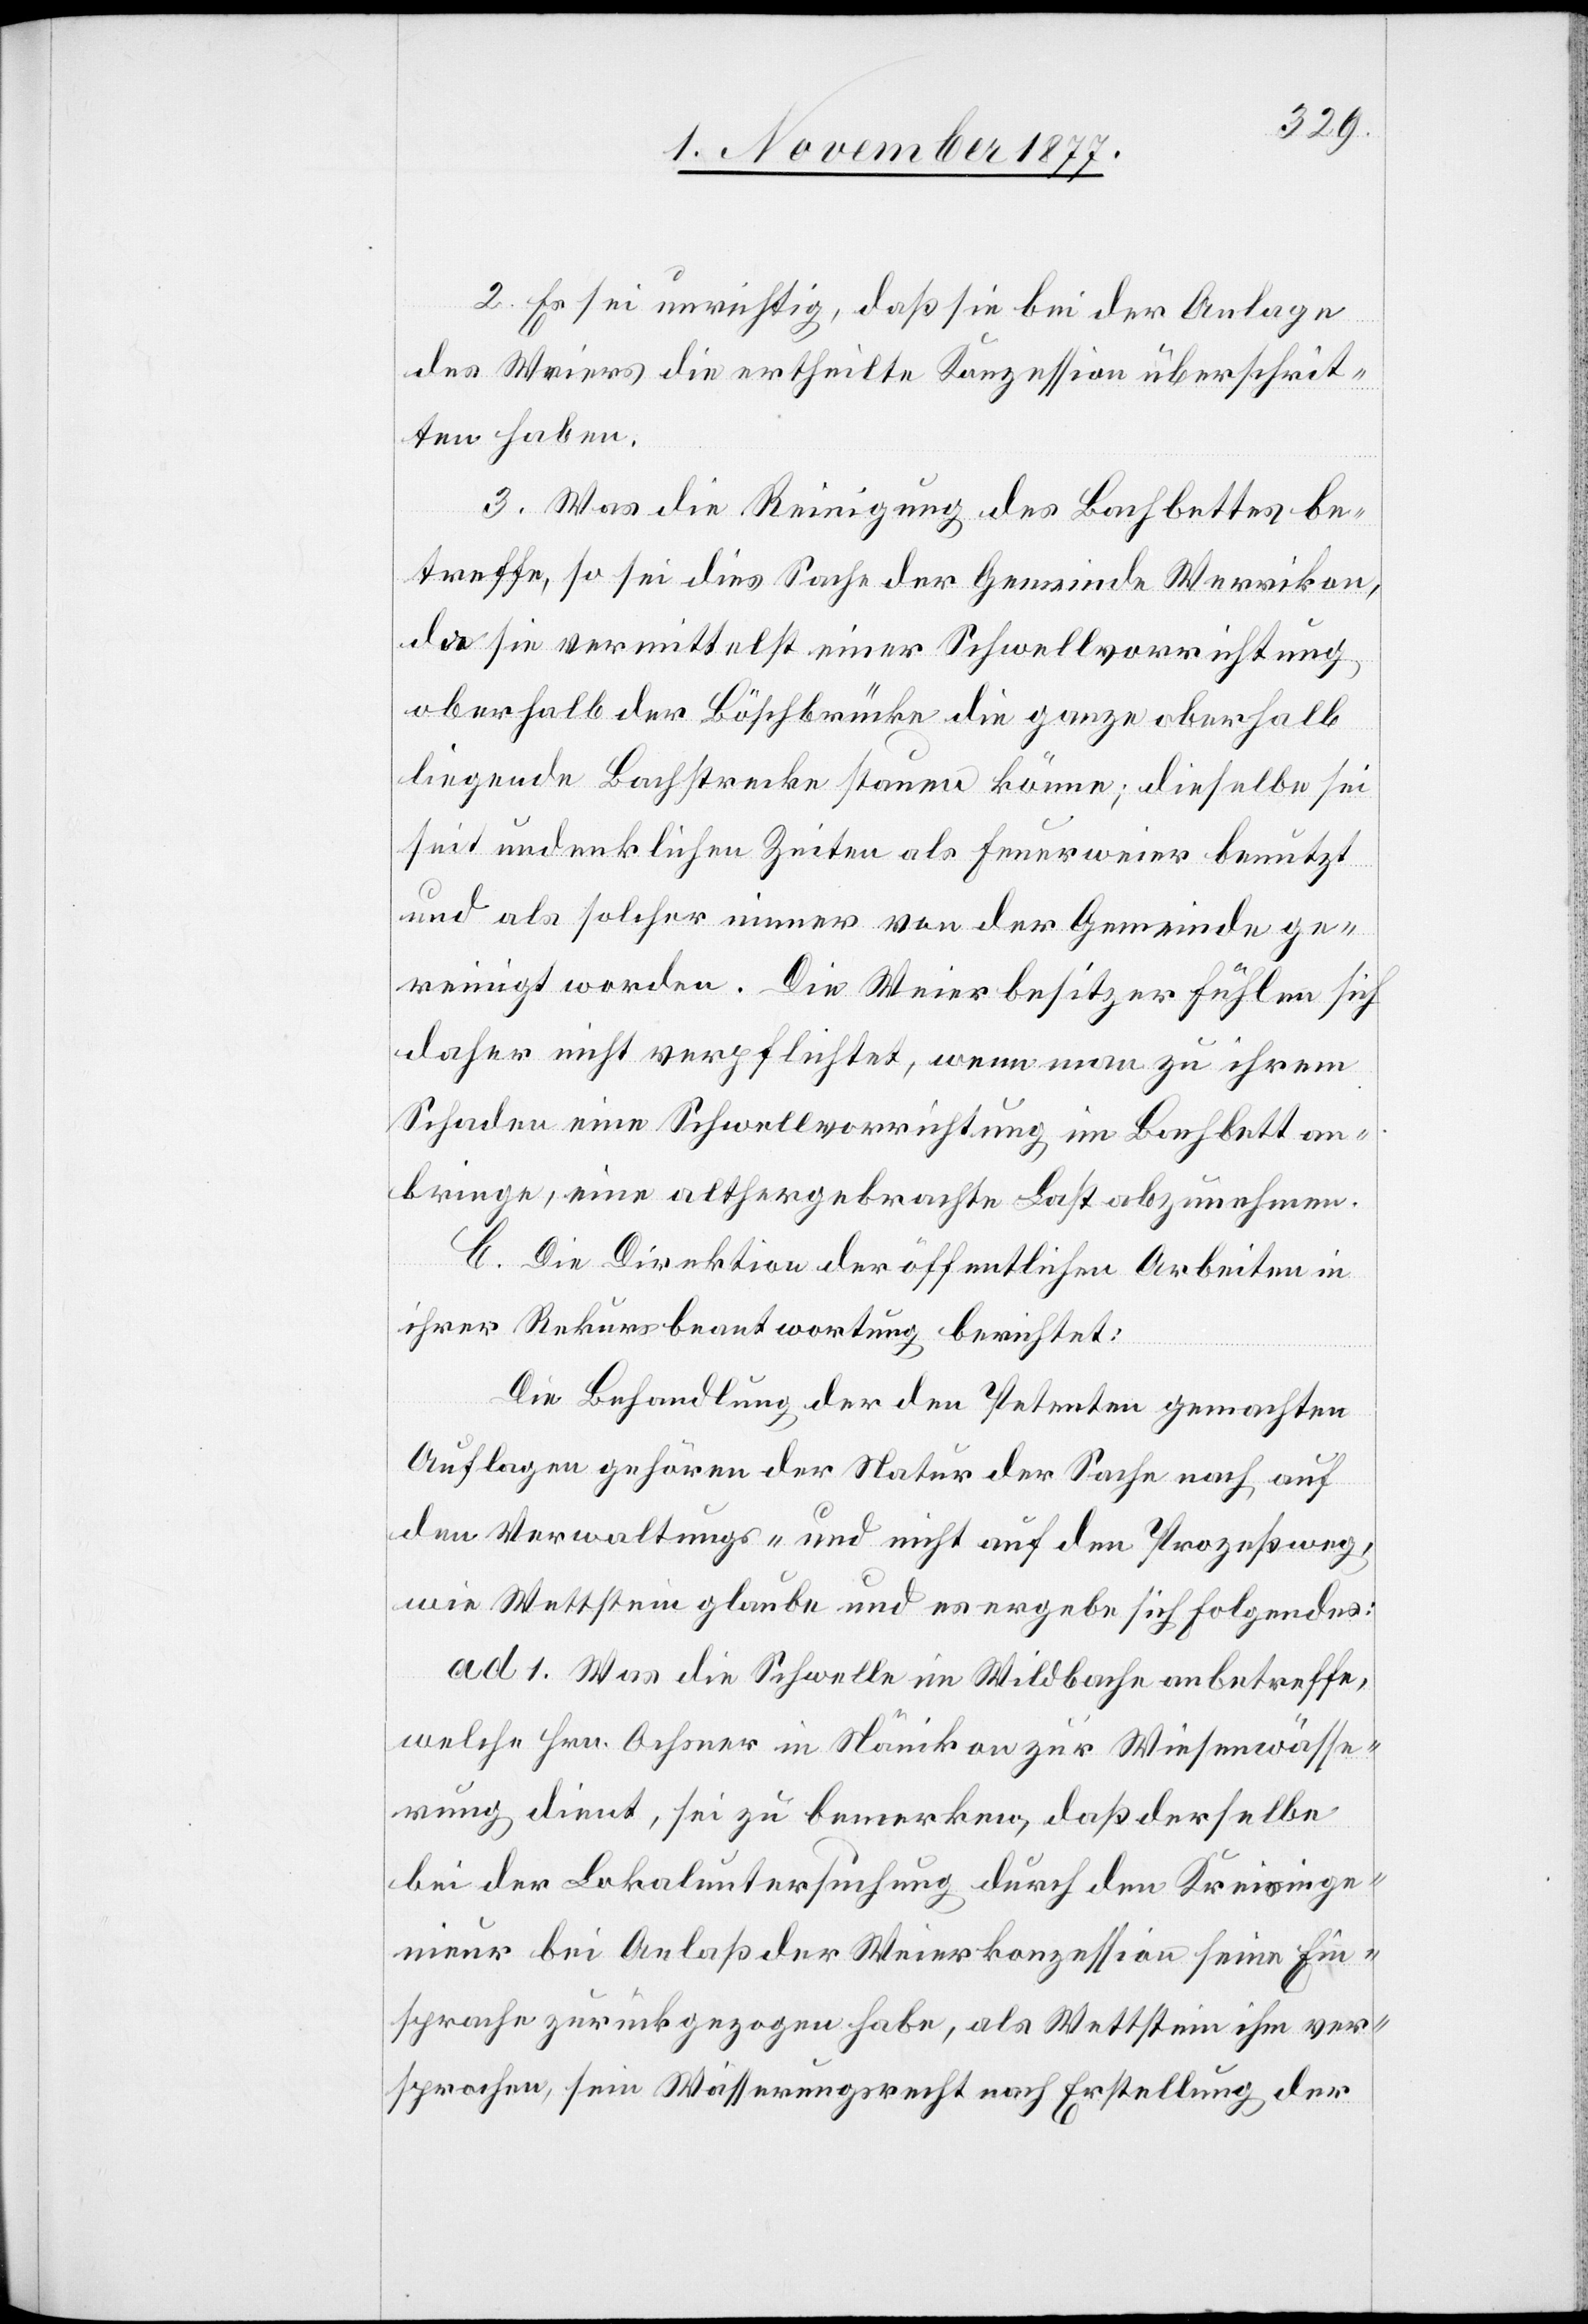
2. Es sei unrichtig, daß sie bei der Anlage
des Weiers die ertheilte Konzession überschrit¬
ten haben.
3. Was die Reinigung des Bachbettes be¬
treffe, so sei dies Sache der Gemeinde Werrikon,
da sie vermittelst einer Schwellvorrichtung
oberhalb der Böschbrücke die ganze oberhalb
liegende Bachstrecke stauen könne; dieselbe sei
seit undenklichen Zeiten als Feuerweier benutzt
und als solcher immer von der Gemeinde ge¬
reinigt worden. Die Weierbesitzer fühlen sich
daher nicht verpflichtet, wenn man zu ihrem
Schaden eine Schwellvorrichtung im Bachbett an¬
bringe, eine althergebrachte Last abzunehmen.
C. Die Direktion der öffentlichen Arbeiten in
ihrer Rekursbeantwortung berichtet:
Die Behandlung der den Petenten gemachten
Auflagen gehören der Natur der Sache nach auf
den Verwaltungs- und nicht auf den Prozeßweg,
wie Wettstein glaube und es ergebe sich Folgendes:
ad 1. Was die Schwelle im Wildbache anbetreffe,
welche Hrn. Ochsner in Nänikon zur Wiesenwässe¬
rung dient, sei zu bemerken, daß derselbe
bei der Lokaluntersuchung durch den Kreisinge¬
nieur bei Anlaß der Weierkonzession seine Ein¬
sprache zurückgezogen habe, als Wettstein ihm ver¬
sprochen, sein Wässerungsrecht nach Erstellung der